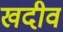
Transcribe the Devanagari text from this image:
खदीव